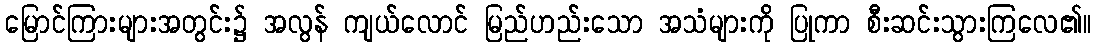
မြောင်ကြားများအတွင်း၌ အလွန် ကျယ်လောင် မြည်ဟည်းသော အသံများကို ပြုကာ စီးဆင်းသွားကြလေ၏။